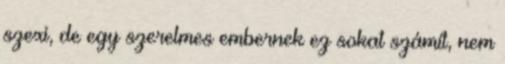
szexi, de egy szerelmes embernek ez sokat számít, nem